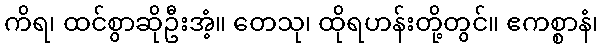
ကိရ၊ ထင်စွာဆိုဦးအံ့။ တေသု၊ ထိုရဟန်းတို့တွင်။ ဧကစ္စာနံ၊